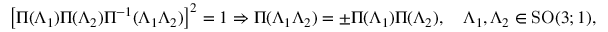
\left[ \Pi ( \Lambda _ { 1 } ) \Pi ( \Lambda _ { 2 } ) \Pi ^ { - 1 } ( \Lambda _ { 1 } \Lambda _ { 2 } ) \right] ^ { 2 } = 1 \Rightarrow \Pi ( \Lambda _ { 1 } \Lambda _ { 2 } ) = \pm \Pi ( \Lambda _ { 1 } ) \Pi ( \Lambda _ { 2 } ) , \quad \Lambda _ { 1 } , \Lambda _ { 2 } \in \mathrm { S O } ( 3 ; 1 ) ,